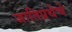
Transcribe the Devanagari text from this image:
जातिप्रथेचे